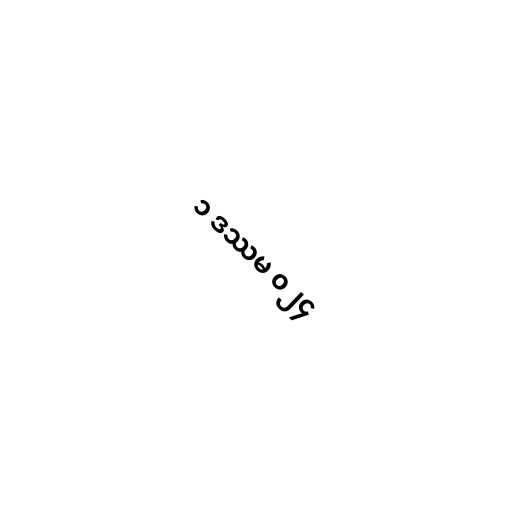
၁ ဒဿမ ၀၂၄